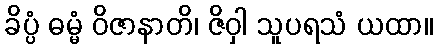
ခိပ္ပံ ဓမ္မံ ဝိဇာနာတိ၊ ဇိဝှါ သူပရသံ ယထာ။